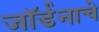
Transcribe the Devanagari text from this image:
जॉर्डनाचे